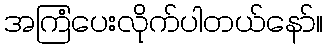
အကြံပေးလိုက်ပါတယ်နော်။